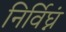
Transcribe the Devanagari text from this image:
निर्विघ्नं